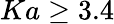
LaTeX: Ka\ge 3.4